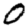
Digit: 0